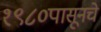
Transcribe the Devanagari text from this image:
१९८०पासूनचे